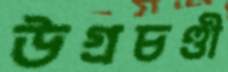
উগ্রচণ্ডী